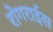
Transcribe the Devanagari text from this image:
रोगराईस